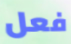
فعل